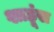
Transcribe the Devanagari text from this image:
शाहूंस